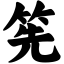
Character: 筅